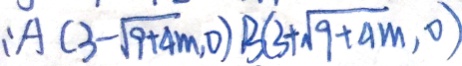
A ( 3 - \sqrt { 9 + 4 m } , 0 ) B ( 3 + \sqrt { 9 + 4 m } , 0 )